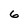
Character: 6